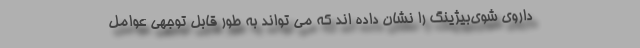
داروی شوی‌بیژینگ را نشان داده اند که می تواند به طور قابل توجهی عوامل